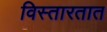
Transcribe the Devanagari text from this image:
विस्तारतात